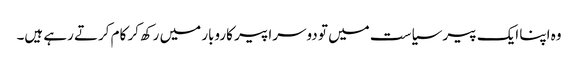
وہ اپنا ایک پیر سیاست میں تو دوسرا پیر کاروبار میں رکھ‌کر کام کرتے رہے ہیں۔